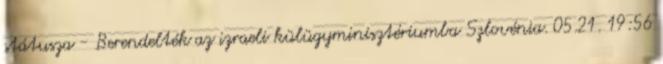
státusza - Berendelték az izraeli külügyminisztériumba Szlovénia. 05.21. 19:56